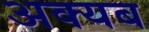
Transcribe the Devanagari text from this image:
अक्यब